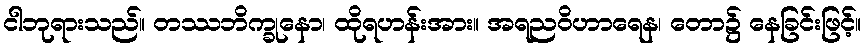
ငါဘုရားသည်။ တဿဘိက္ခုနော၊ ထိုရဟန်းအား။ အရညဝိဟာရေန၊ တော၌ နေခြင်းဖြင့်။